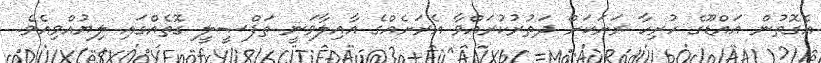
އެގޮތުން އައްޑޫގެ ހުރިހާ ރަށަކަށް ދަތުރުކުރައްވާ އެރަށެއްގެ އާއިލާވަނީ ތަފްޞީލީ ގޮތެއްގައި ލިޔުއްވިއެވެ.